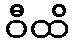
ဝီထိ